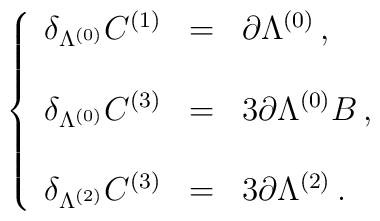
\left\{\begin{array}{rcl}\delta_{\Lambda^{(0)}} C^{(1)} & = & \partial\Lambda^{(0)}\, ,\\& & \\\delta_{\Lambda^{(0)}} C^{(3)} & = & 3\partial\Lambda^{(0)} B\, ,\\& & \\\delta_{\Lambda^{(2)}} C^{(3)} & = & 3\partial\Lambda^{(2)}\, .\\\end{array}\right.